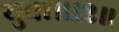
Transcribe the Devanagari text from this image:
युवा॥१२॥